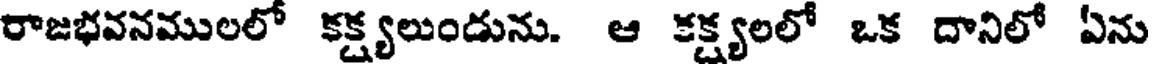
రాజభవనములలో కక్ష్యలుండును. ఆ కక్ష్యలలో ఒక దానిలో ఏను